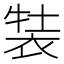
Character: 𧚒